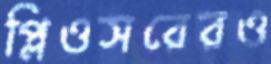
প্লিওসরেরও